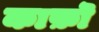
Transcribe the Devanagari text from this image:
काफ़ॊ